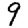
Digit: 9